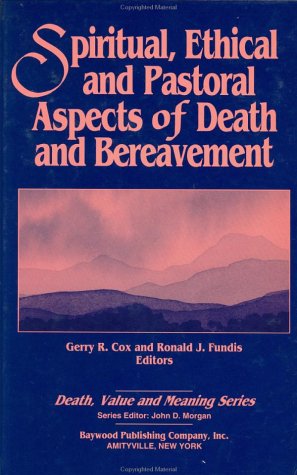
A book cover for Spiritual, Ethical and Pastoral Aspects of Death and Bereavement (Death, Value and Meaning); Gerry R. Cox; Christian Books & Bibles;